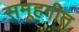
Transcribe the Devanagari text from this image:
समूहगीत